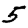
Digit: 5